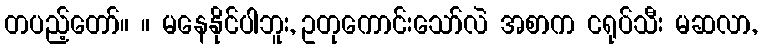
တပည့်တော်။ ။ မနေနိုင်ပါဘူး, ဥတုကောင်းသော်လဲ အစာက ငရုပ်သီး မဆလာ,